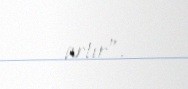
artır”.